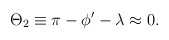
\begin{align*}\Theta_2\equiv \pi - \phi' - \lambda \approx0. \end{align*}